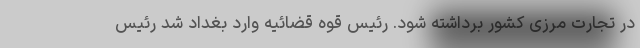
در تجارت مرزی کشور برداشته شود. رئیس قوه قضائیه وارد بغداد شد رئیس